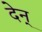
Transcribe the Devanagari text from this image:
देन्